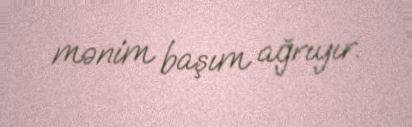
mənim başım ağrıyır.